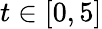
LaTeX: t\in[0,5]